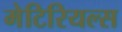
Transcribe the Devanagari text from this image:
मेटिरियल्स